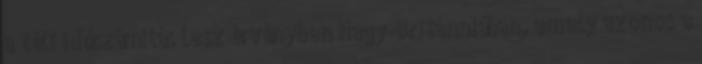
a téli időszámítás lesz érvényben Nagy-Britanniában, amely azonos a